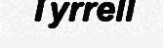
Tyrrell